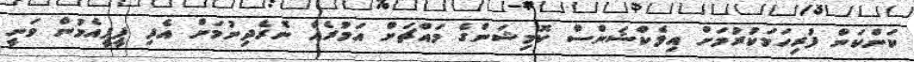
ކަންކަން ފުރިހަމަކުރުމަށް އިލެކްޝަންސް ކޮމިޝަންގެ މައްޗަށް އަމުރެއް ނެރެދިނުމަށް އެދި ޕީޕީއެމުން ވަނީ